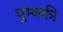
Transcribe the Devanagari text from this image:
चुम्बकी